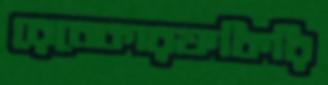
রেবেকারফকিরি